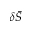
\delta \bar { S }